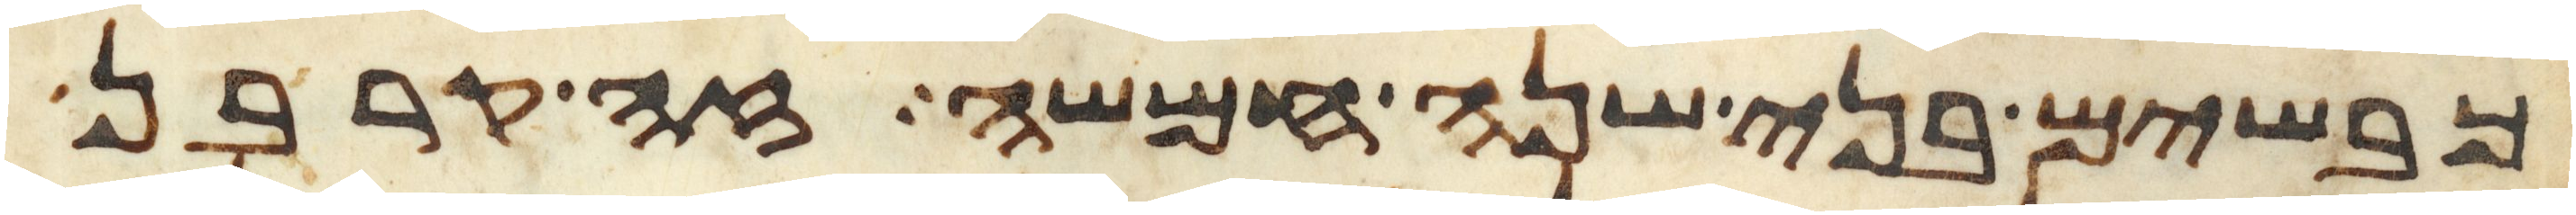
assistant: כבשים בני שנה חמשה זה קרבן